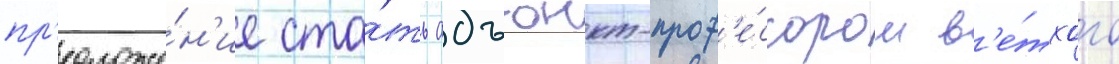
пр'едложе́н'ие ста́ть адъюнкт-проф'е́ссором в'е́тхого